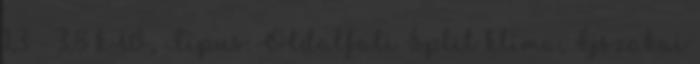
1,3 - 3,8 kW, Típus: Oldalfali Split klíma, Éjszakai